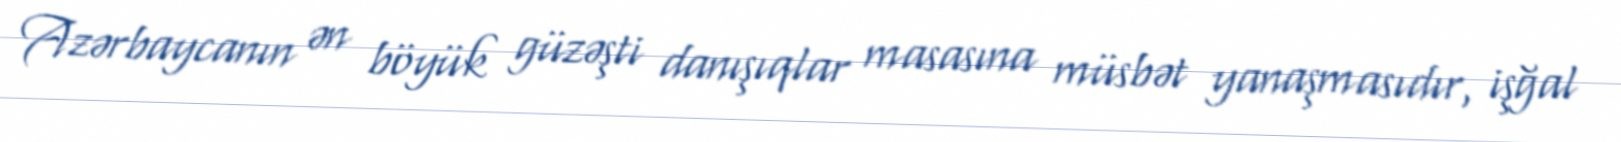
Azərbaycanın ən böyük güzəşti danışıqlar masasına müsbət yanaşmasıdır, işğal